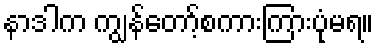
နာဒါက ကျွန်တော့်စကားကြားပုံမရ။